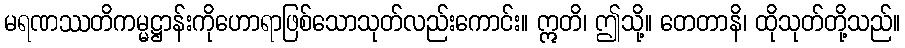
မရဏဿတိကမ္မဋ္ဌာန်းကိုဟောရာဖြစ်သောသုတ်လည်းကောင်း။ ဣတိ၊ ဤသို့။ တေတာနိ၊ ထိုသုတ်တို့သည်။